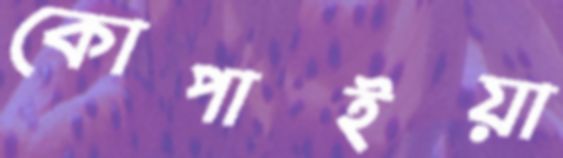
কোপাইয়া